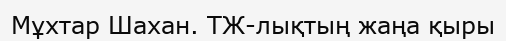
Мұхтар Шахан. ТЖ-лықтың жаңа қыры